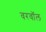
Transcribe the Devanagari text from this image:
वरवॉल